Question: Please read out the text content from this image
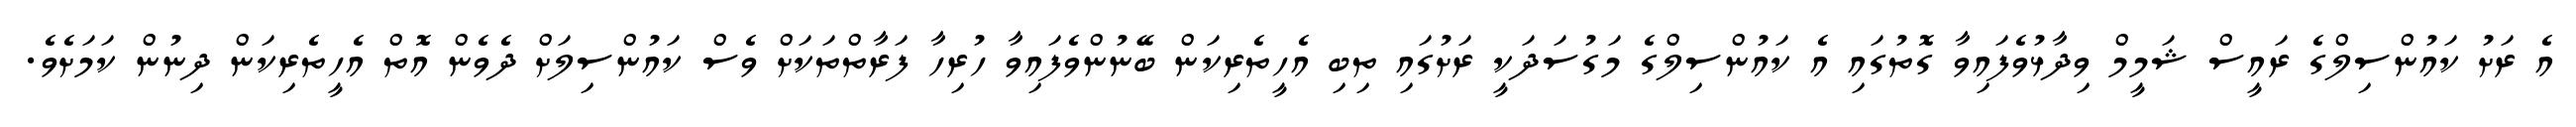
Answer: އެ ރަށު ކައުންސިލްގެ ރައީސް ޝަމީމް ވިދާޅުވެފައިވާ ގޮތުގައި އެ ކައުންސިލްގެ މަގުސަދަކީ ރަށުގައި ތިބި އެހީތެރިކަން ބޭނުންވެފައިވާ ހުރިހާ ފަރާތްތަކަށް ވެސް ކައުންސިލަށް ދެވެން އޮތް އެހީތެރިކަން ދިނުން ކަމަށެވެ.